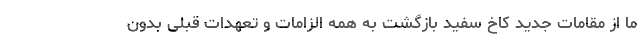
ما از مقامات جدید کاخ سفید بازگشت به همه الزامات و تعهدات قبلی بدون